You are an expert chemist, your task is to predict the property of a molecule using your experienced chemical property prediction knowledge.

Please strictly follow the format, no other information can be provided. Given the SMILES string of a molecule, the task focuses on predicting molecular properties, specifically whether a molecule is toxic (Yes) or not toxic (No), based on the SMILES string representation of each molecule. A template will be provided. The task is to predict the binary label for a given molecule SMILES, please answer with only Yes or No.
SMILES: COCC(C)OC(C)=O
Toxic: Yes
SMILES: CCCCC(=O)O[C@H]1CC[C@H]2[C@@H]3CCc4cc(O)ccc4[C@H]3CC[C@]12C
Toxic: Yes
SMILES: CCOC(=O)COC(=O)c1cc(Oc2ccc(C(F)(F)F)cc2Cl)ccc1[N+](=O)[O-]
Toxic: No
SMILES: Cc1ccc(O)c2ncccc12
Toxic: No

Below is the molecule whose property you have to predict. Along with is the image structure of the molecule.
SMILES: CC[C@H](C)C(=O)O[C@H]1C[C@H](O)C=C2C=C[C@H](C)[C@H](CC[C@@H](O)C[C@@H](O)CC(=O)[O-])[C@H]21
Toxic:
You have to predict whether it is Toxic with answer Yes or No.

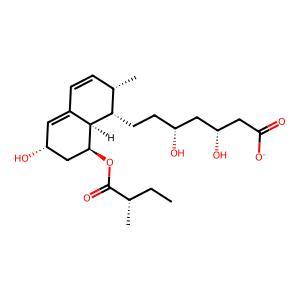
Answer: No